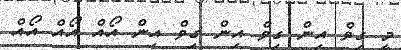
މީ ގިވް އިން ގިވް އިން ގިވް އިން އޯއް އޯއް އޯއް